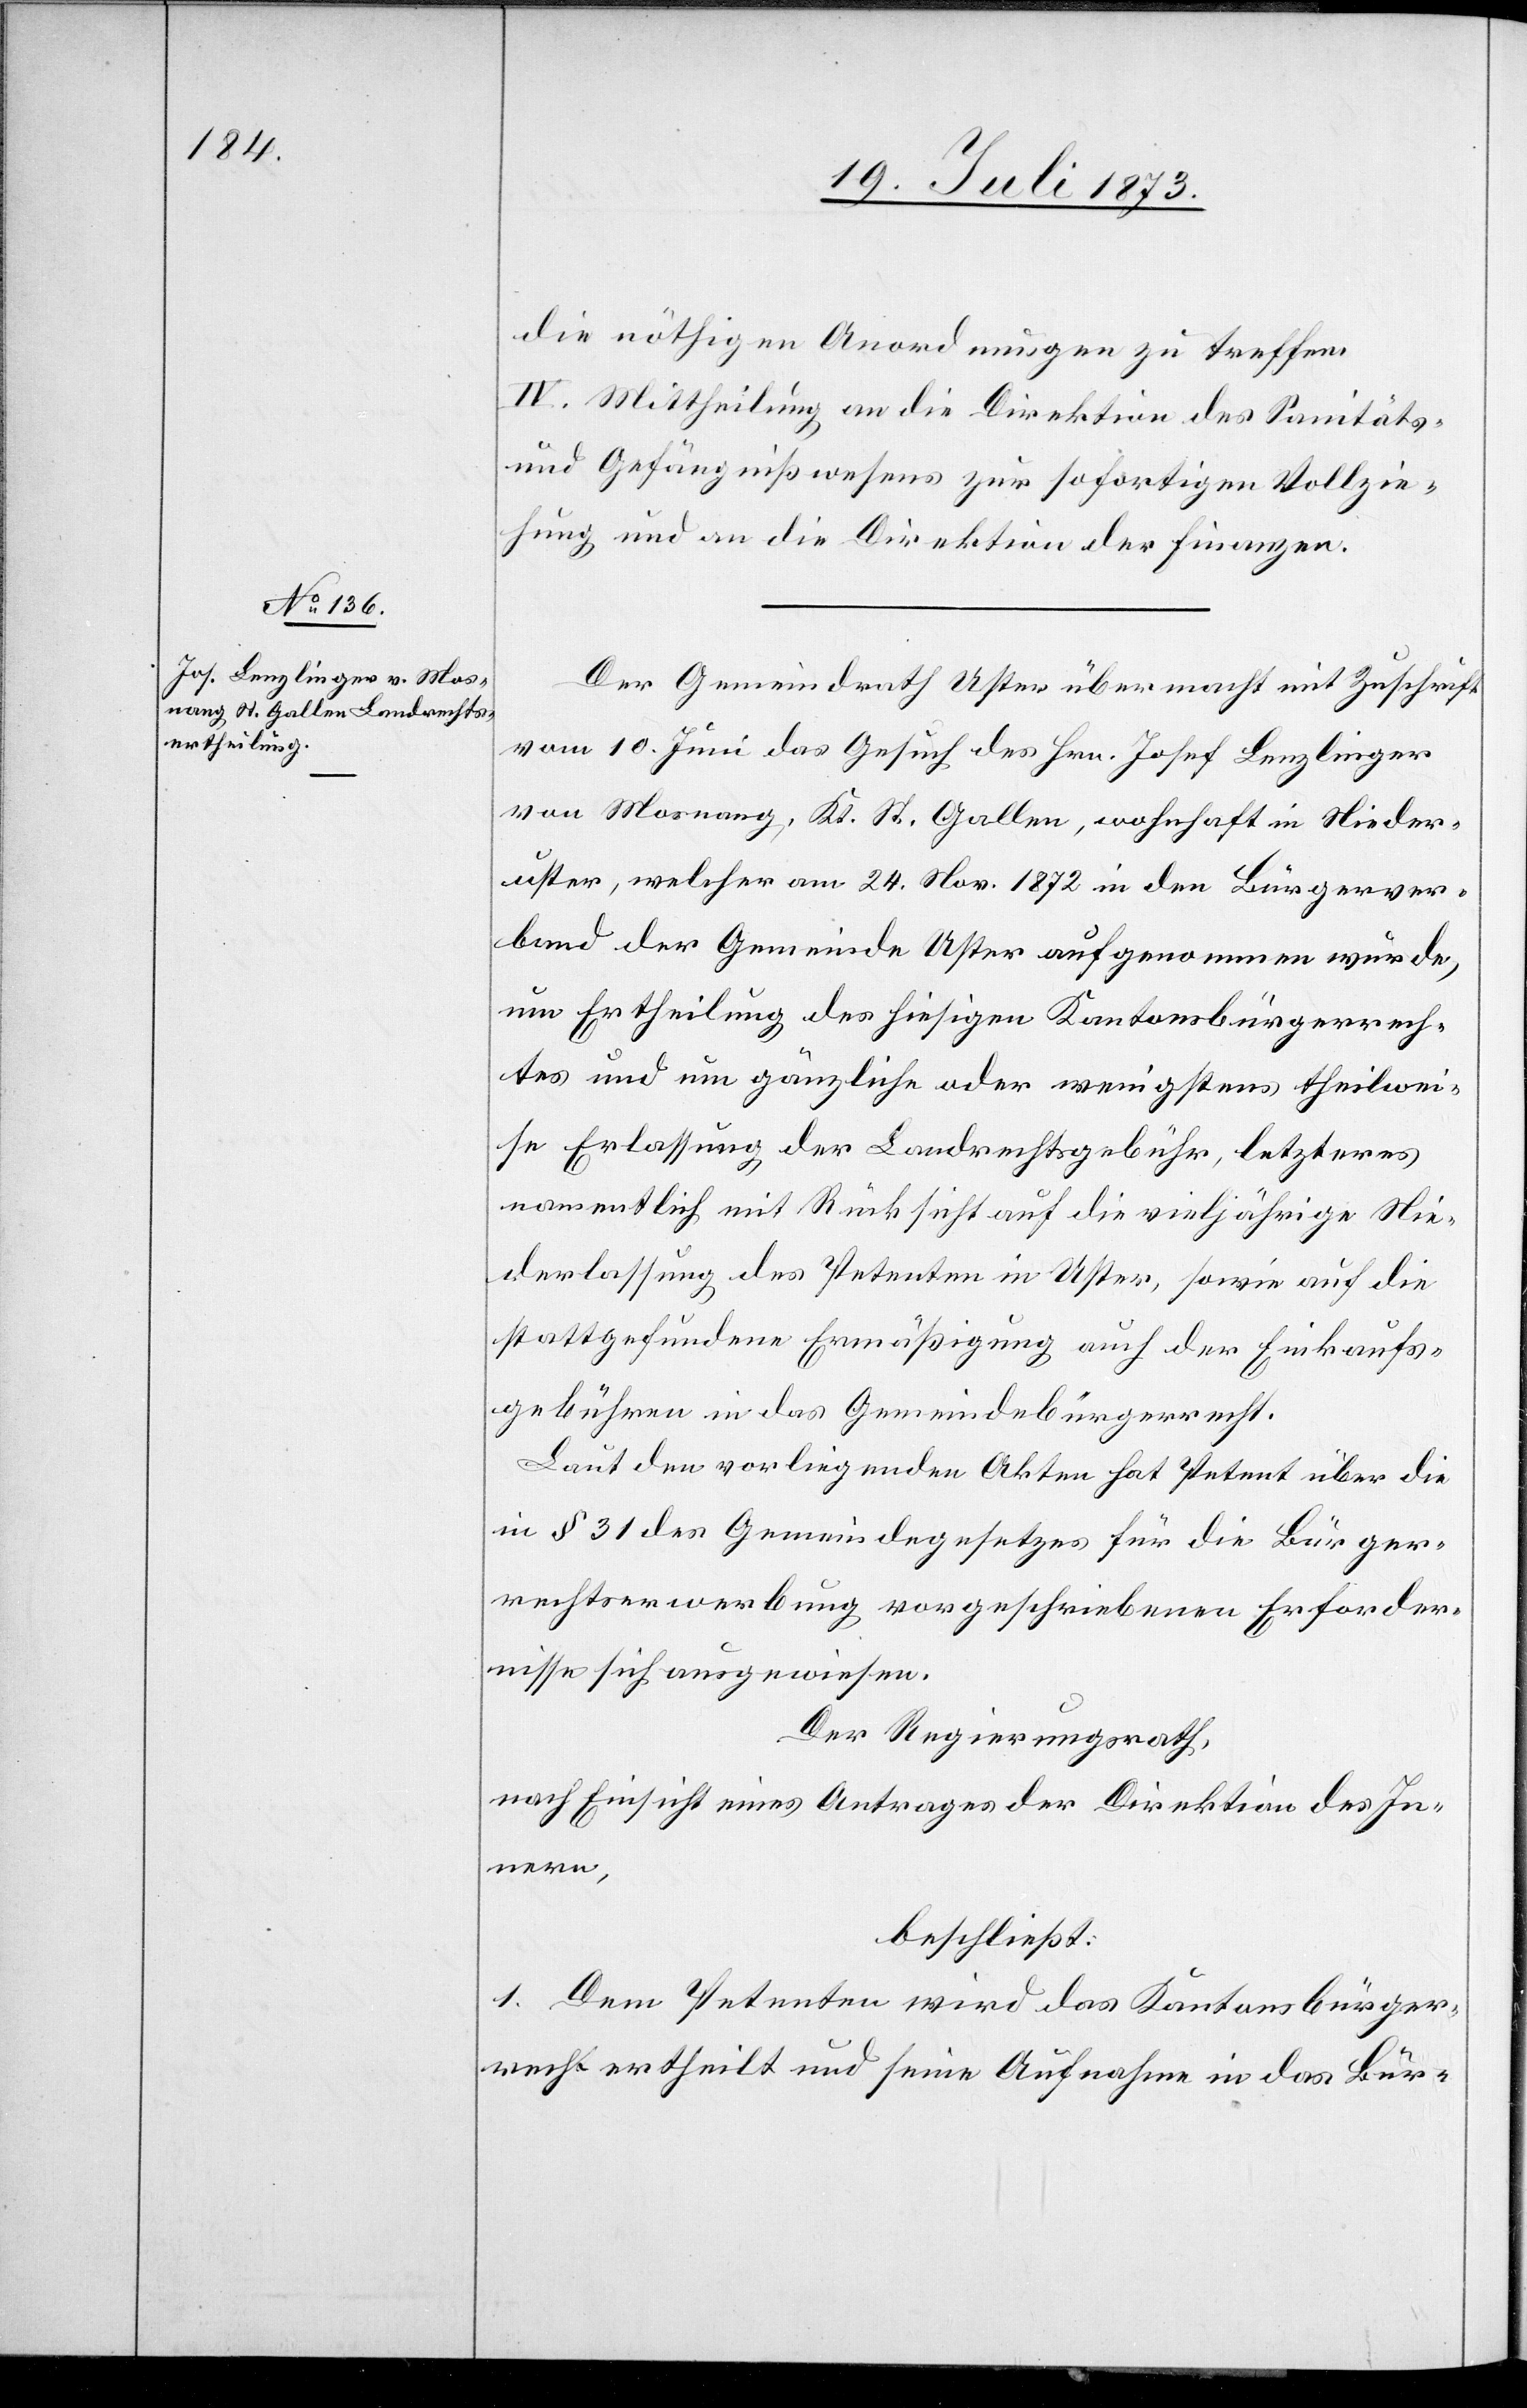
die nöthigen Anordnungen zu treffen.
IV. Mittheilung an die Direktion des Sanitäts-
und Gefängnißwesens zur sofortigen Vollzie¬
hung und an die Direktion der Finanzen.
Der Gemeindrath Uster übermacht mit Zuschrift
vom 10. Juni das Gesuch des Hrn. Josef Lenzlinger
von Mosnang, Kt. St. Gallen, wohnhaft in Nieder¬
uster, welcher am 24. Nov. 1872 in den Bürgerver¬
band der Gemeinde Uster aufgenommen wurde,
um Ertheilung des hiesigen Kantonsbürgerrech¬
tes und um gänzliche oder wenigstens theilwei¬
se Erlassung der Landrechtsgebühr, letzteres
namentlich mit Rücksicht auf die vieljährige Nie¬
derlassung des Petenten in Uster, sowie auf die
stattgefundene Ermäßigung auch der Einkaufs¬
gebühren in das Gemeindebürgerrecht.
Laut den vorliegenden Akten hat Petent über die
in § 31 des Gemeindegesetzes für die Bürger¬
rechtserwerbung vorgeschriebenen Erforder¬
nisse sich ausgewiesen.
Der Regierungsrath,
nach Einsicht eines Antrages der Direktion des In¬
nern,
beschließt:
1. Dem Petenten wird das Kantonsbürger¬
recht ertheilt und seine Aufnahme in das Bür-